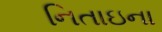
નિતાઇના